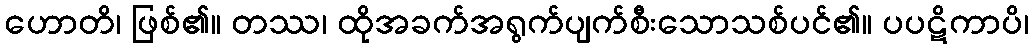
ဟောတိ၊ ဖြစ်၏။ တဿ၊ ထိုအခက်အရွက်ပျက်စီးသောသစ်ပင်၏။ ပပဋိကာပိ၊